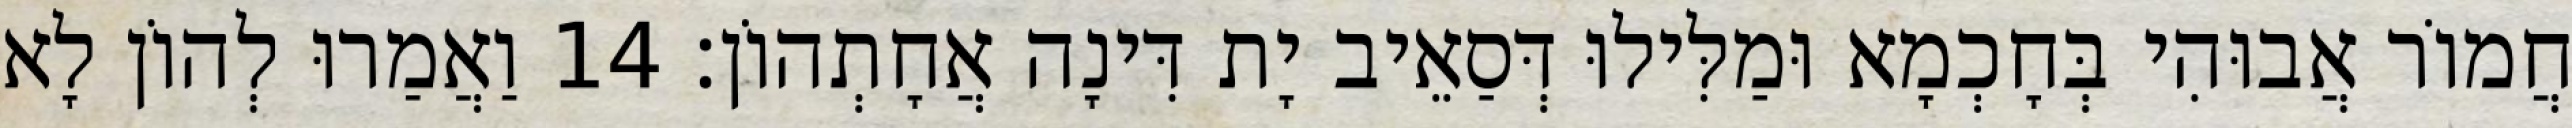
חֲמוֹר אֲבוּהִי בְּחָכְמָא וּמַלִּילוּ דְּסַאֵיב יָת דִּינָה אֲחָתְהוֹן׃ 14 וַאֲמַרוּ לְהוֹן לָא